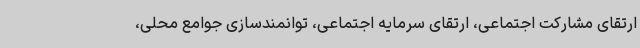
ارتقای مشارکت اجتماعی، ارتقای سرمایه اجتماعی، توانمندسازی جوامع محلی،